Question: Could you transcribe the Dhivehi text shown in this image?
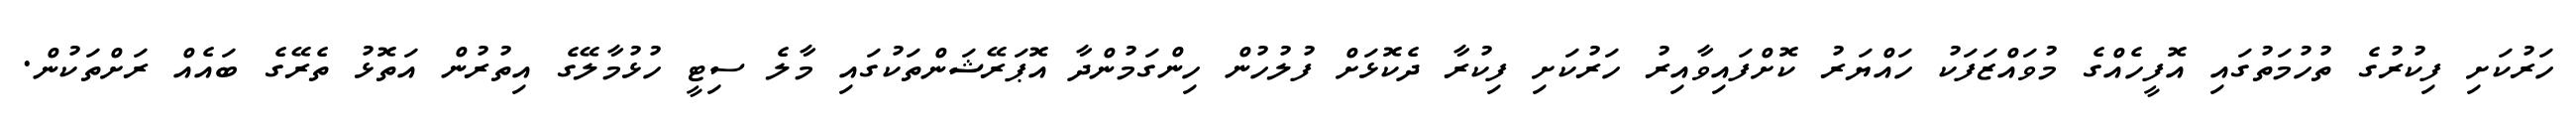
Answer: ހަރުކަށި ފިކުރުގެ ތުހުމަތުގައި އޮފީހެއްގެ މުވައްޒަފަކު ހައްޔަރު ކޮށްފައިވާއިރު ހަރުކަށި ފިކުރާ ދެކޮޅަށް ފުލުހުން ހިންގަމުންދާ އޮޕަރޭޝަންތަކުގައި މާލެ ސިޓީ ހުޅުމާލޭގެ އިތުރުން އަތޮޅު ތެރޭގެ ބައެއް ރަށްތަކުން.